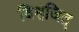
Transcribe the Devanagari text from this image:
विश्वजित्‌